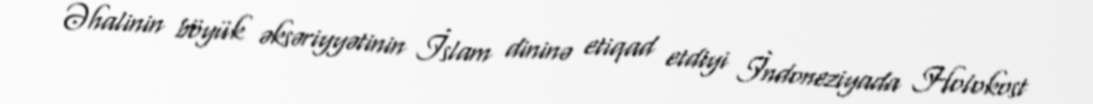
Əhalinin böyük əksəriyyətinin İslam dininə etiqad etdiyi İndoneziyada Holokost